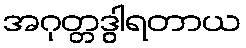
အဂုတ္တဒွါရတာယ